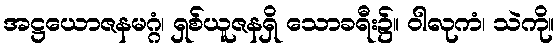
အဋ္ဌယောဇနမဂ္ဂံ၊ ရှစ်ယူဇနရှိ သောခရီး၌။ ဝါလုကံ၊ သဲကို။